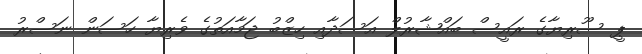
ޕީ ސޫރިޔާގެ ރައީސް ބައްޝާރުލް އަސަދާއި ހިޒްބު ޖަމާއަތުގެ ވެރިޔާ ހަސަން ނަސްރު